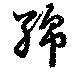
綿